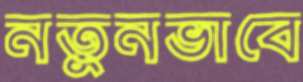
নতুনভাবে